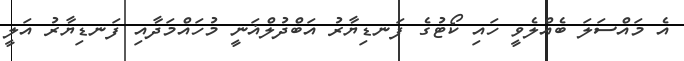
އެ މައްސަލަ ބެއްލެވީ ހައި ކޯޓުގެ ފަނޑިޔާރު އަބްދުލްޣަނީ މުހައްމަދާއި ފަނޑިޔާރު އަލީ